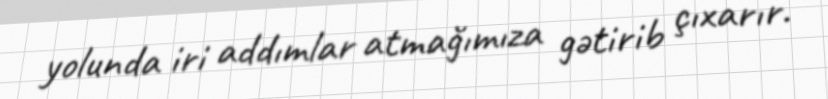
yolunda iri addımlar atmağımıza gətirib çıxarır.